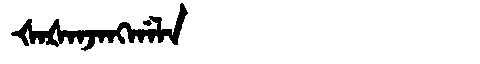
Manchu: ᡧᠠᡧᠠᠨᠵᠠᠩᡤᠠᠯᠠ
Romanization: ŠAŠANJANGGALA